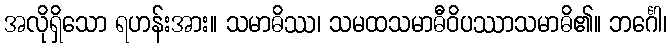
အလိုရှိသော ရဟန်းအား။ သမာဓိဿ၊ သမထသမာဓီဝိပဿာသမာဓိ၏။ ဘင်္ဂေါ၊